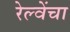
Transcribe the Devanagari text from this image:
रेल्वेंचा